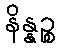
နိန္နဉ္စ